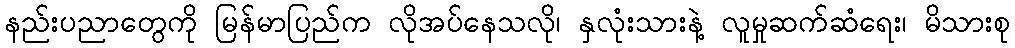
နည်းပညာတွေကို မြန်မာပြည်က လိုအပ်နေသလို၊ နှလုံးသားနဲ့ လူမှုဆက်ဆံရေး၊ မိသားစု